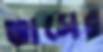
ভাসের